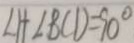
\angle 1 + \angle B C D = 9 0 ^ { \circ }